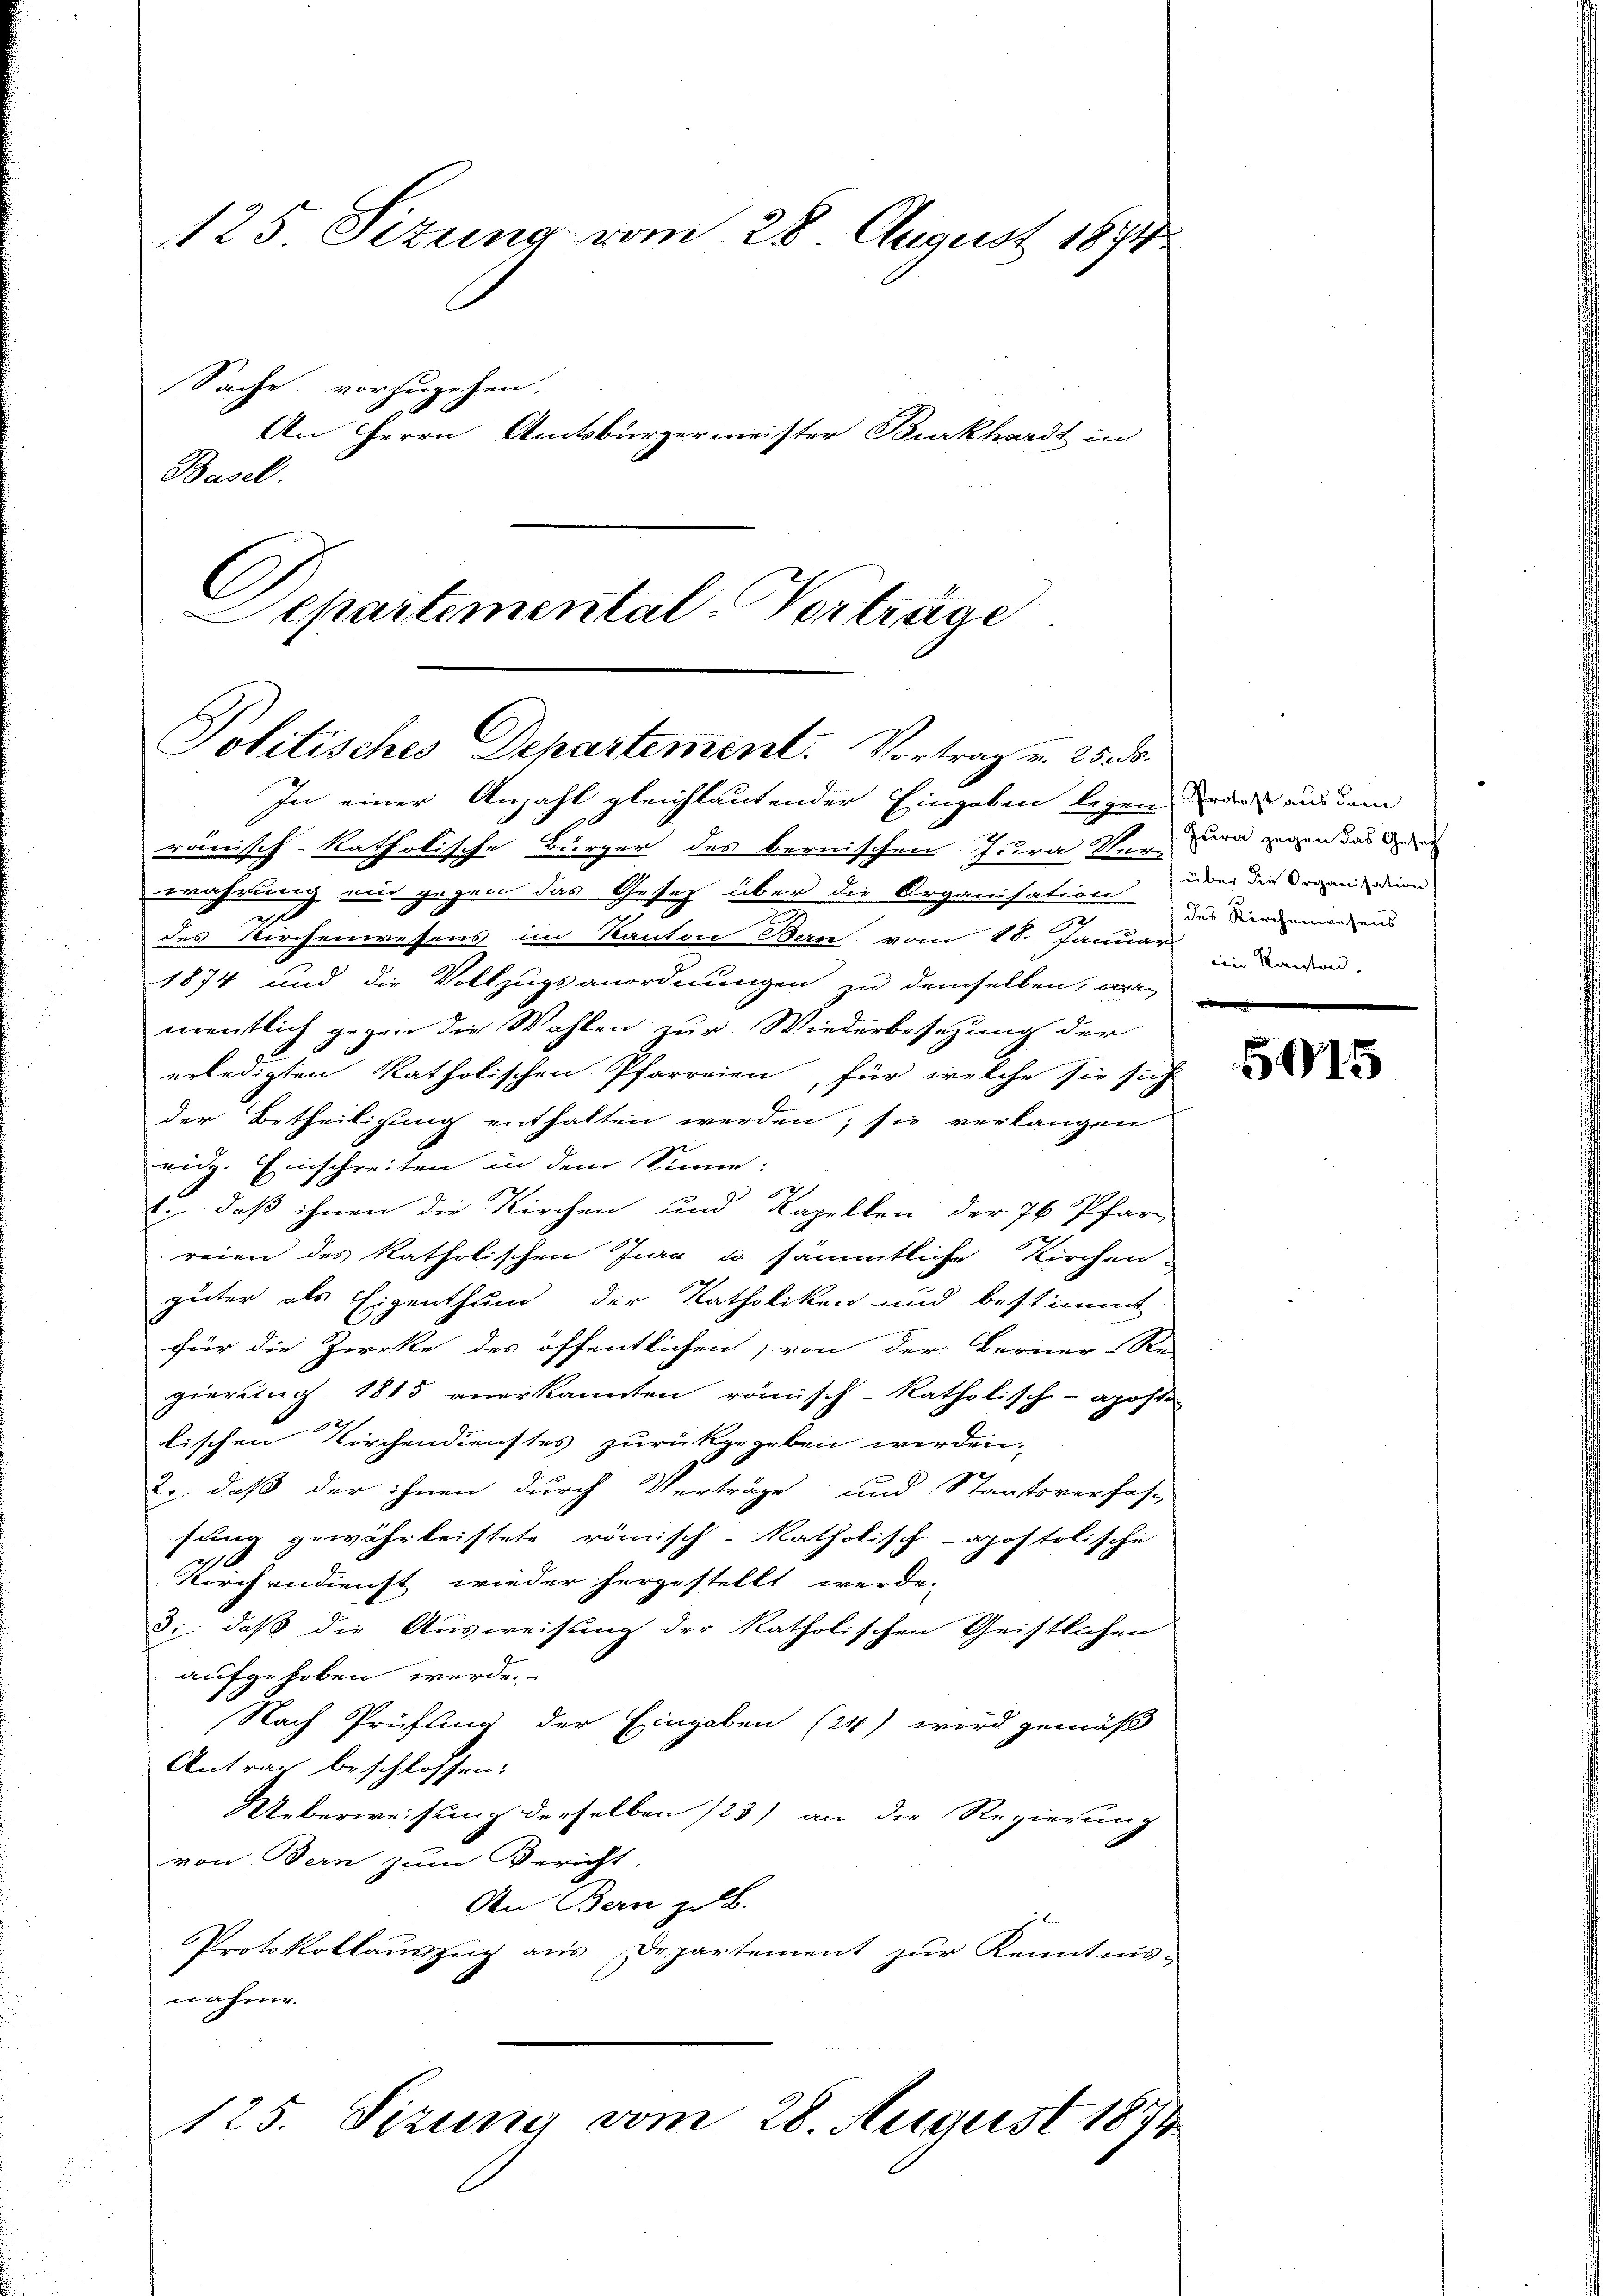
125. Sizung vom 28. August 1874
Sache vorzugehen.
An Herrn Amtsbürgermeister Burkhardt in
Basel.
C

Separtemental-Vorträge
Politisches Departement. Vortrag v. 25. d.

In einer Anzahl gleichlautender Eingaben legen, oder aus dem
ränisch-katholische Bürger des bernischen Jura Kern den gegen das de
wahrung ein gegen das Gesetz über die Organisation zu vermagend
u
des Kirchenwesens im Kanton Bern vom 18. Januar in London.
1874 und die Vollzugsanordnungen zu demselben, wermentlich gegen die Wahlen zur Wiederbesezung der
erledigten katholischen Pfarreien, für welche sie sich
der Betheiligung enthalten werden; sie verlangen
eidg. Einschreiten in dem Sinne:
1., daß ihnen die Kirchen und Kapellen der 76 Pfarr
reien des katholischen Jura u. sämmtliche Kirchen
güter als Eigenthum der Katholiken und bestimmt
für die Zirke des öffentlichen, von der Berner-Re-
zierstag 1815 anerkannten römisch-katholisch-aposte
tischen Kirchendienstes zurückgegeben werden.
2., daß der ihnen durch Verträge und Staatsverfas-
sung gewährleistete römisch-katholisch-apostolische
Kirchendienst wieder hergestellt werde.
3: daß die Ausweisung der katholischen Geistlichen
aufgehoben werde.
Nach Prüfung der Eingaben (24) wird gemäß
Antrag beschlossen:
Ueberweisung derselben 123) an die Regierung
von Bern zum Bericht.
An Bern zu B.
Protokollauszug aus Departement zur Kenntnis-
nahme.
125. Sizung vom 28. August 1874.

über die Organisation
e

5015